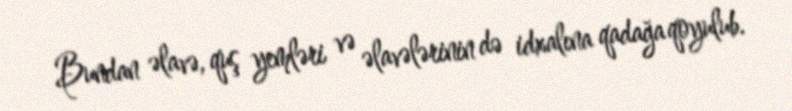
Bundan əlavə, quş yemləri və əlavələrinin də idxalına qadağa qoyulub.